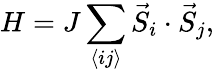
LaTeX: H=J\sum_{\langle ij\rangle}\vec{S}_{i}\cdot\vec{S}_{j},